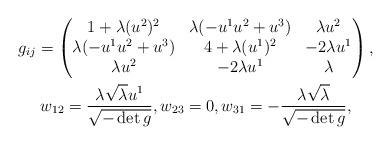
LaTeX: \begin{gather*}g_{ij}=\begin{pmatrix}1+\lambda (u^2)^2 & \lambda(- u^1 u^2+u^3) & \lambda u^2 \\\lambda(- u^1 u^2+u^3) & 4+\lambda(u^1)^2 & -2\lambda u^1 \\\lambda u^2 & -2\lambda u^1 & \lambda\end{pmatrix}, \\w_{12}=\frac{\lambda\sqrt{\lambda}u^1}{\sqrt{-\det g}},w_{23}=0,w_{31}=-\frac{\lambda\sqrt{\lambda}}{\sqrt{-\det g}},\end{gather*}